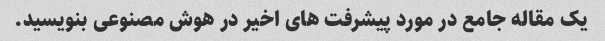
یک مقاله جامع در مورد پیشرفت های اخیر در هوش مصنوعی بنویسید.